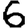
Digit: 6